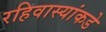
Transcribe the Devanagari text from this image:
रहिवास्यांकडे